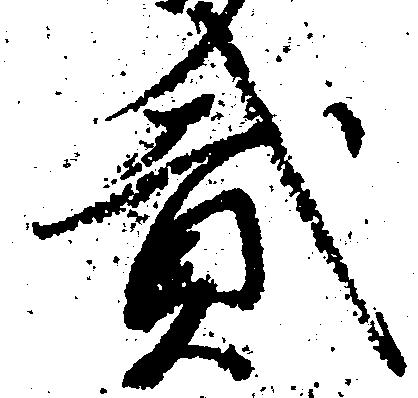
弐